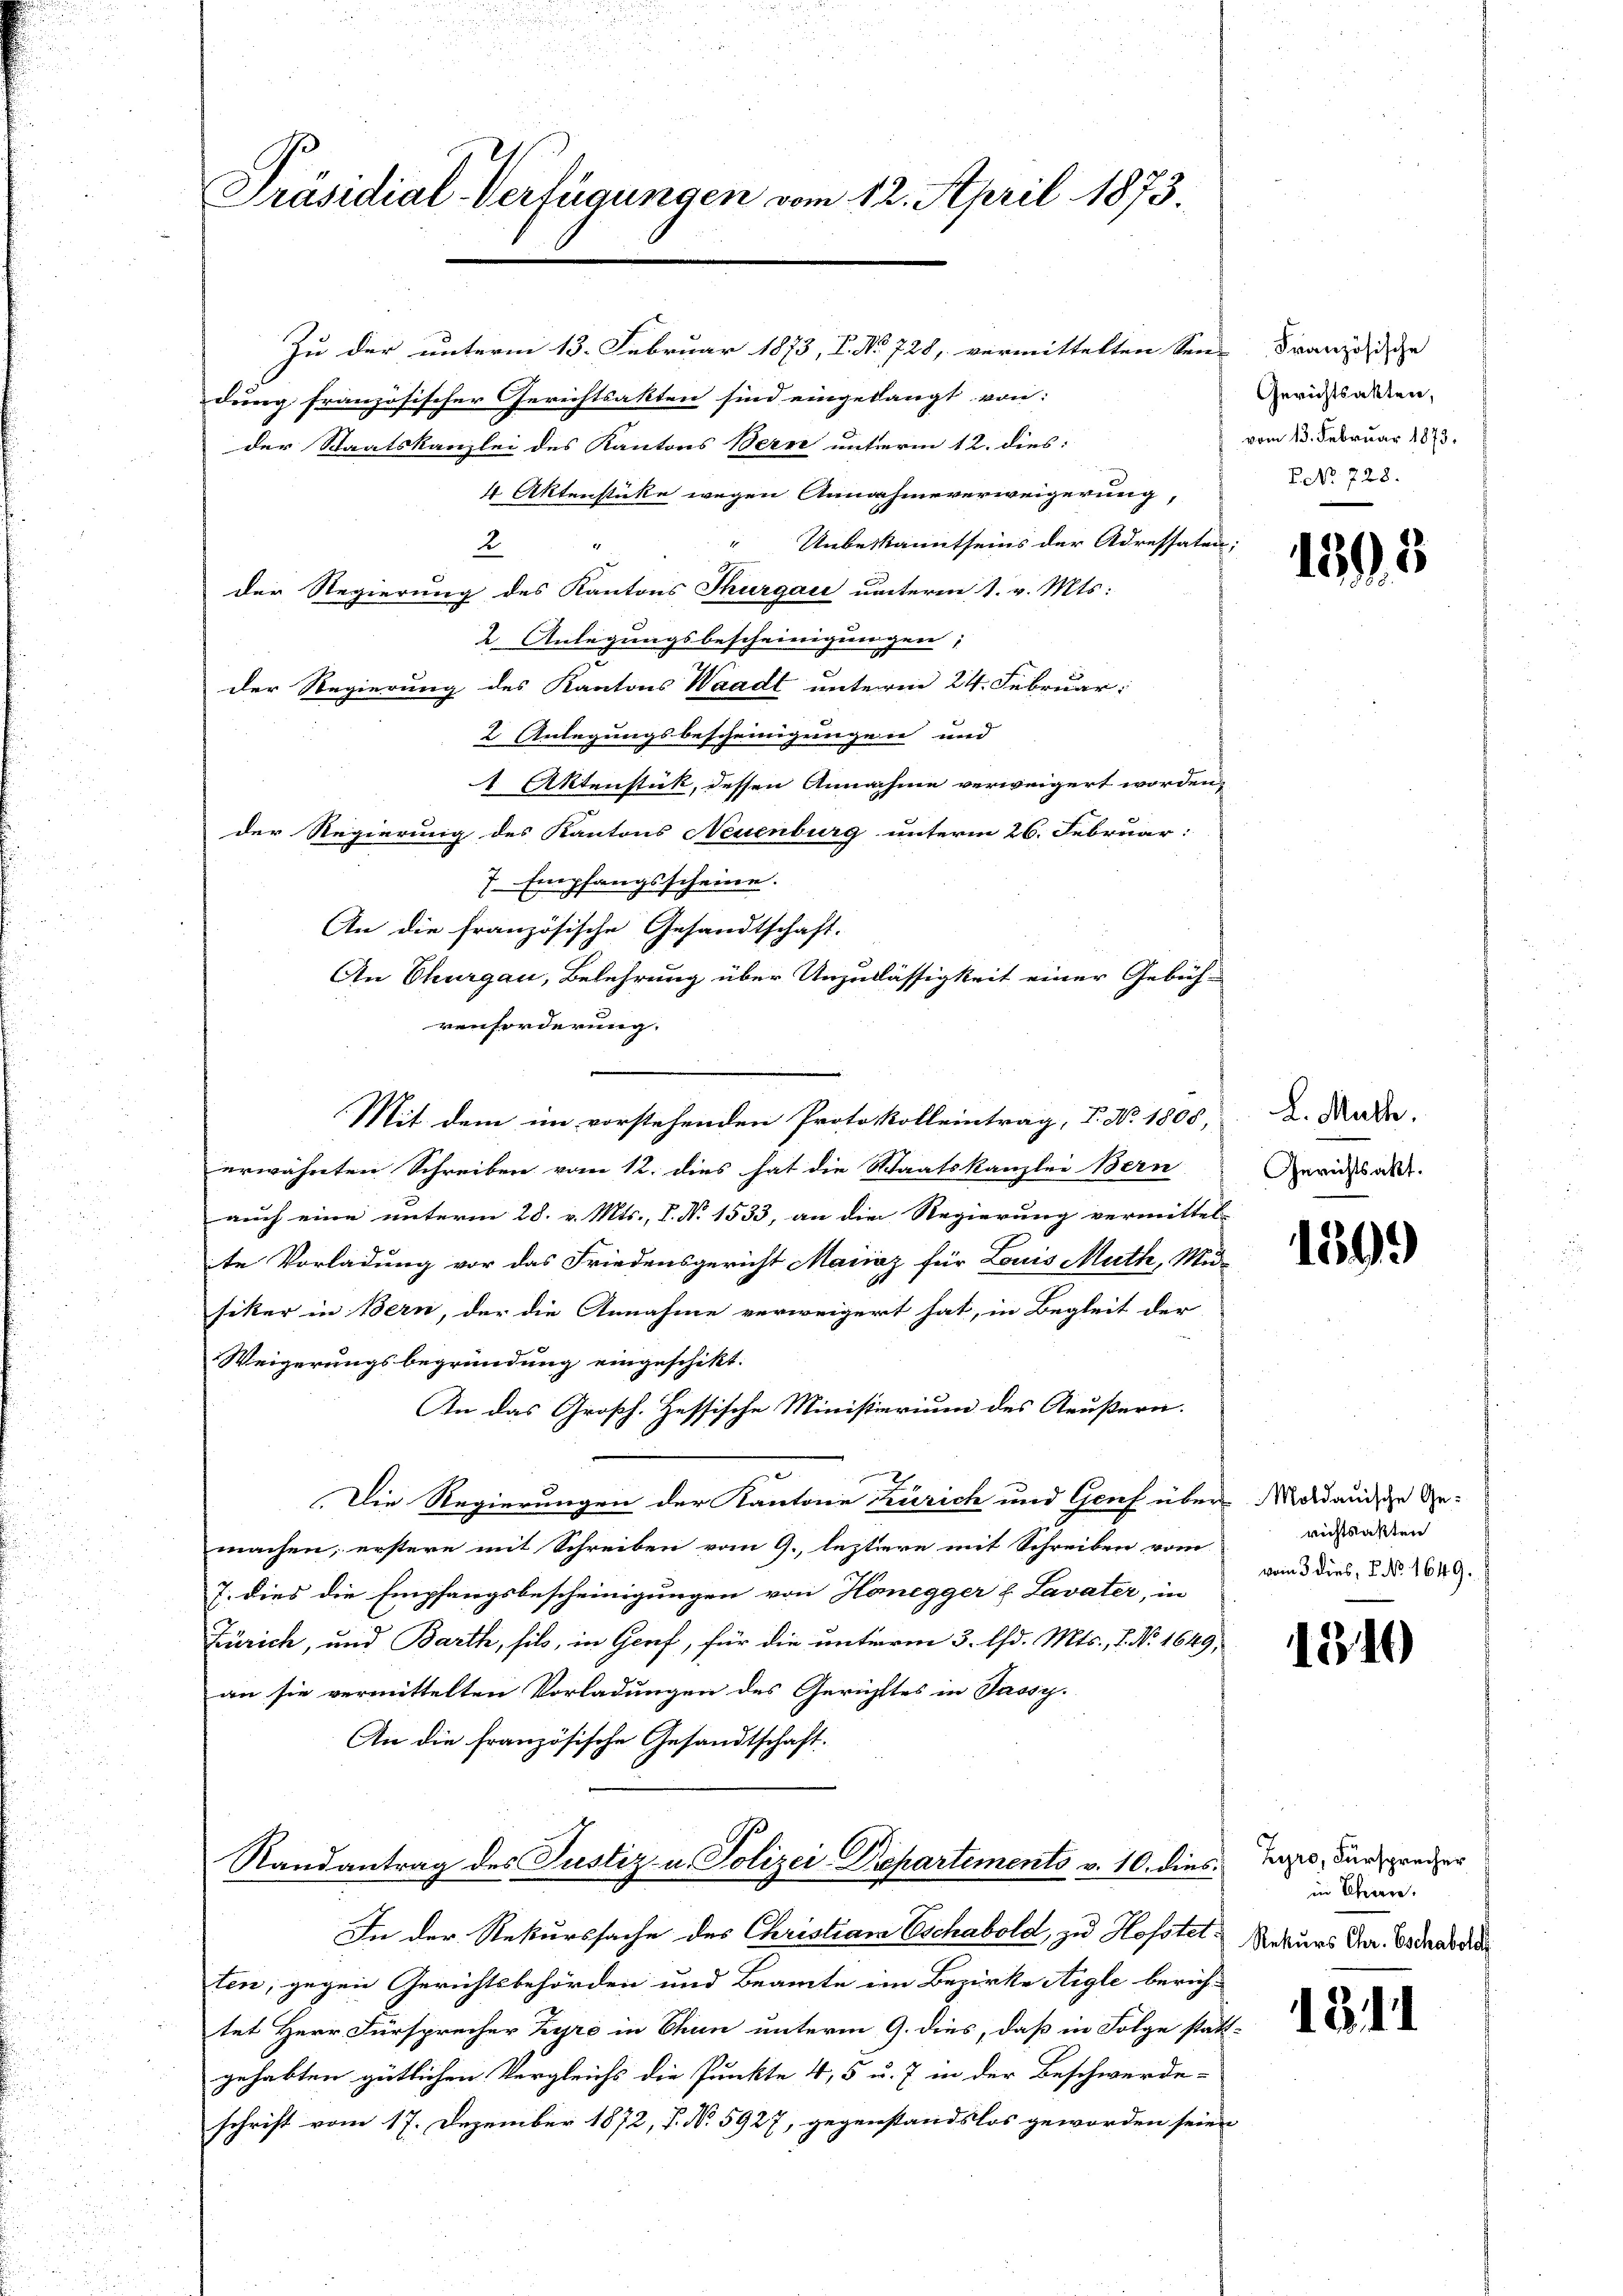
Präsidial-Verfügungen vom 12. April 1873.

Zu der unterm 13. Februar 1873, I. No 728, vermittelten Seine Französische
dung französischer Gerichtsakten sind eingelangt von:
der Staatskanzlei des Kantons Bern unterm 12. dies:
4 Aktenstücke wegen Annahmeverweigerung,
Unbekanntseins der Adressaten:
4
2.
.
der Regierung des Kantons Thurgau unterm 1. v. Mts:
2 Anlegungsbescheinigungen;
der Regierung des Kantons Waadt unterm 24. Februar:
2 Anlegungsbescheinigungen und
1 Aktenstück, dessen Annahme verweigert worden,
der Regierung des Kantons Neuenburg unterm 26. Februar:
7. Empfangsscheine.
An die französische Gesandtschaft.
An Thurgau, Belehrung über Unzulässigkeit einer Gebüh-
venforderung.
Mit dem im vorstehenden Protokolleintrag, V. No. 1805,
erwähnten Schreiben vom 12. dies hat die Staatskanzlei Bern
auch eine unterm 28. v. Mts., I. No 1533, an die Regierung vermittel-
te Vorladung vor das Friedensgericht Mariaz für Louis Muth, Mu-
siker in Bern, der die Annahme verweigert hat, in Begleit der
Weigerungsbegründung eingeschikt.
An das Großh. Hessische Ministiarium des Reußern.
Die Regierungen der Kantone Zürich und Genf über Nordandische Gemachen, erstere mit Schreiben vom 9., leztere mit Schreiben vom
J. dies die Empfangsbescheinigungen von Honegger f. Lavater, in
Zürich, und Barth, sil, in Genf, für die unterm 3. d. Mts., 1. No. 1649,
an sie vermittelten Vorladungen des Gerichtes in Passy.
An die französische Gesandtschaft.
Randantrag des Justiz- u. Polizei-Drepartements v. 10. dies
In der Rekurssache des Christian Eschabold, zu Hofstetten; gegen Gerichtsbehörden und Beamte im Bezirke Aigle berichtet Herr Fürsprecher Zyre in Chun unterm 9. dies, daß in Folge stattgehabten gütlichen Vergleichs die Punkte 4, 5 u. 7 in der Beschwerde-
schrift vom 17. Dezember 1872, P. N. 5927, gegenstandslos geworden seien

Gerichtsakten,
vom 13. Februar 1873.
ENNo. 728.

1395

L. Math.
Gerichtsakt.

1399

richtsakten
vom 3 dies, P. No. 1649.

1310

Zyro, Fürsprecher
in Ehren.
Rekurs Chr. Eschabolo

131